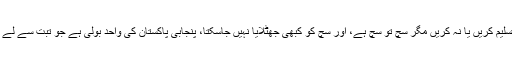
پنجابی ادبی بورڈ کے چیئرمین مشتاق صوفی کا کہنا ہے کہ ”ہم کسی بات کو تسلیم کریں یا نہ کریں مگر سچ تو سچ ہے، اور سچ کو کبھی جھٹلایا نہیں جاسکتا، پنجابی پاکستان کی واحد بولی ہے جو تبت سے لے کر کشمیر، پنجاب اور سندھ میں سب سے زیادہ آسانی سے سمجھے جاتی ہے۔